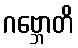
ဂဗ္ဘောတိ